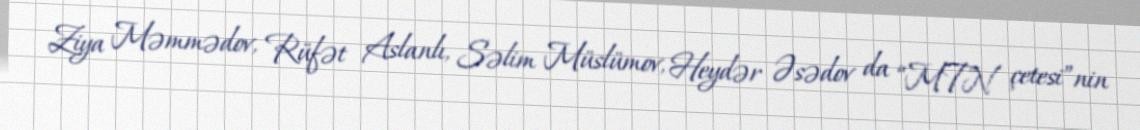
Ziya Məmmədov, Rüfət Aslanlı, Səlim Müslümov, Heydər Əsədov da “MTN çetesi”nin